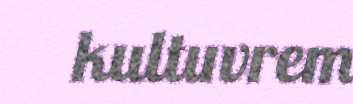
kultuvrem